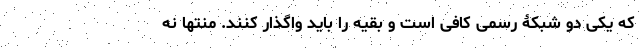
که یکی دو شبکۀ رسمی کافی است و بقیه را باید واگذار کنند. منتها نه